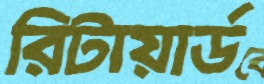
রিটায়ার্ড